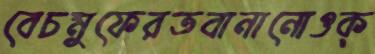
বেচমুফেরতবানানোওক্